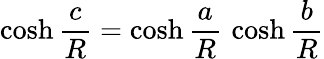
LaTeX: \cosh{\frac{c}{R}}=\cosh{\frac{a}{R}}\, \cosh{\frac{b}{R}}